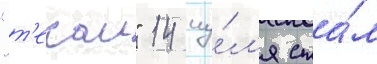
"т'екаи" 14 иу́л'я ста́л